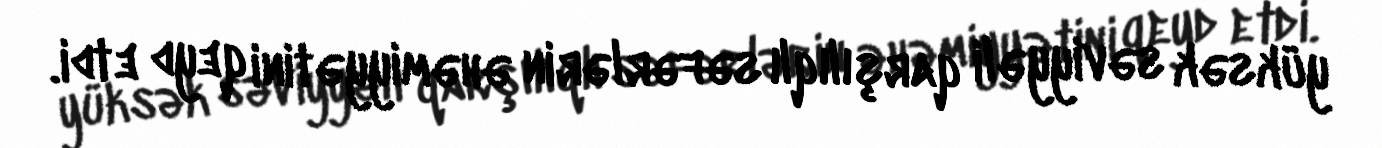
yüksək səviyyəli qarşılıqlı səfərlərin əhəmiyyətini qeyd etdi.